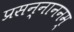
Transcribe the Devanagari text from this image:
प्रसन्नाननम्